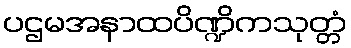
ပဌမအနာထပိဏ္ဍိကသုတ္တံ